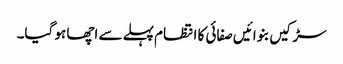
سڑکیں بنوائیں صفائی کا انتظام پہلے سے اچھا ہو گیا۔